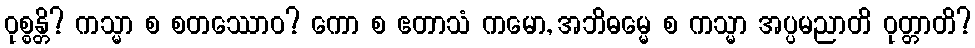
ဝုစ္စန္တိ? ကသ္မာ စ စတဿောဝ? ကော စ ဧတာသံ ကမော, အဘိဓမ္မေ စ ကသ္မာ အပ္ပမညာတိ ဝုတ္တာတိ?